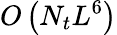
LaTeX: O\left(N_{t}L^{6}\right)